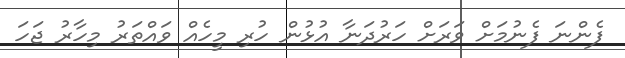
ފެންނަ ފެނުމަށް ވަރަށް ހަރުދަނާ އުޅުން ހުރި މީހެއް ވައްތަރު މިހާރު ޖަހަ